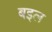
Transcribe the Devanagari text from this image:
बइल